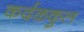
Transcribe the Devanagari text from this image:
कर्दळकुल